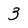
Character: 3